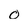
Character: c